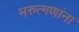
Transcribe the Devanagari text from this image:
मरुत्गणांना